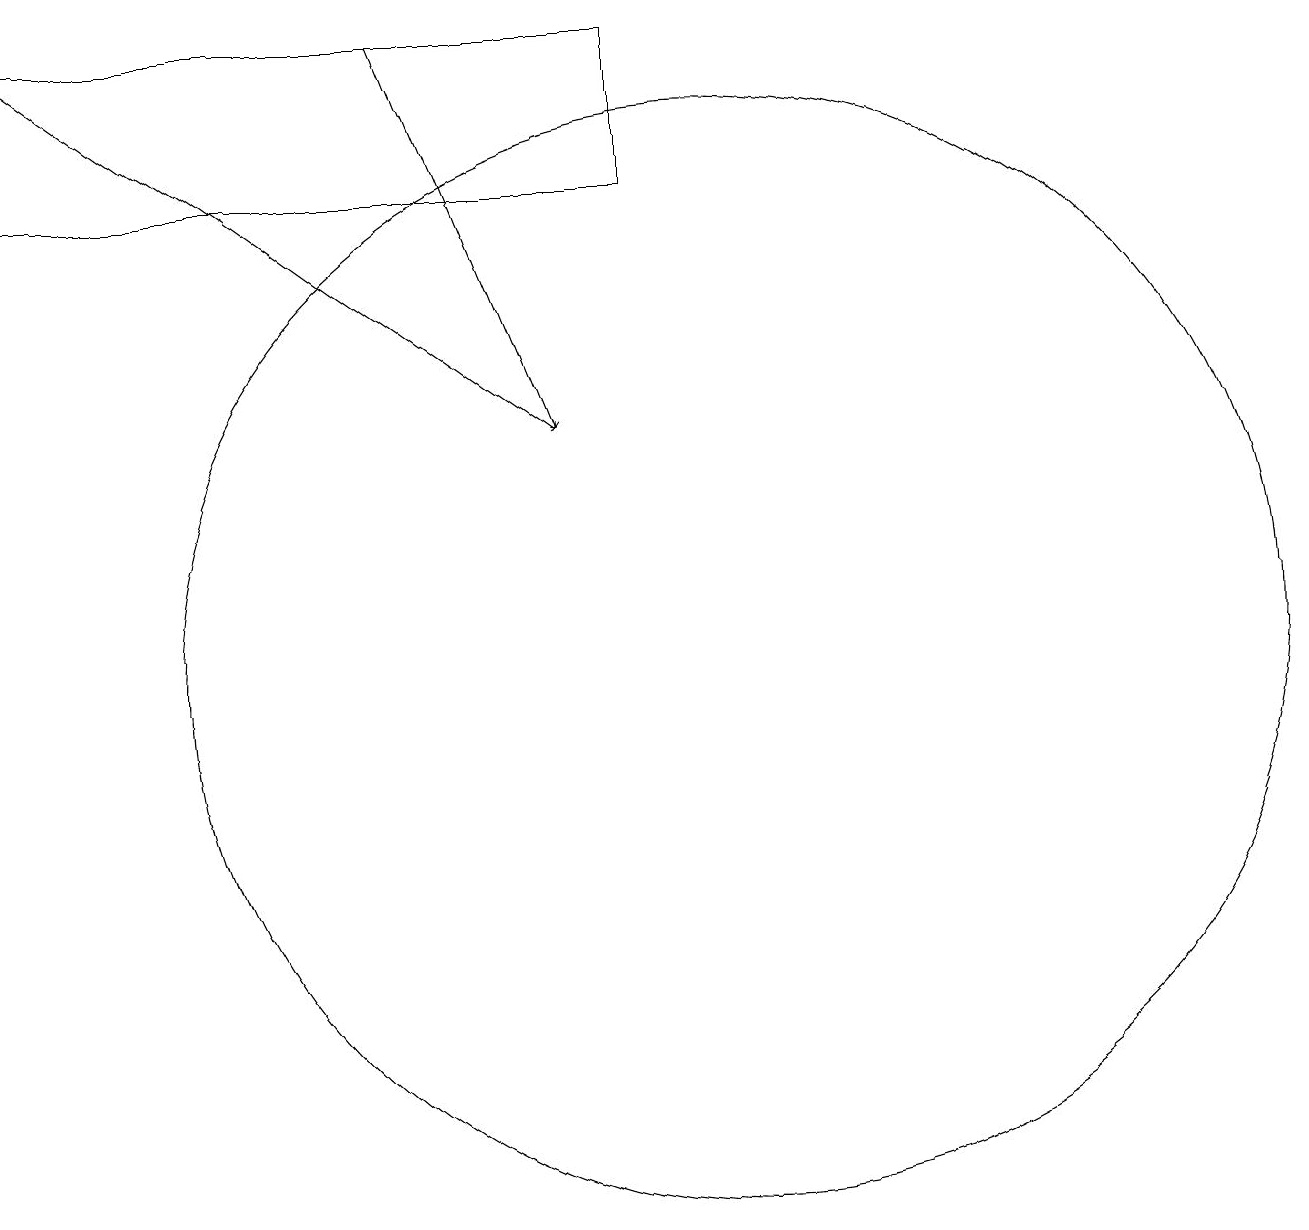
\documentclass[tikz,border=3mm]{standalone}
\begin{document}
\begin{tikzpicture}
\draw (9,17) rectangle (1,19);
\draw[->] (1,19) -- (8,14);
\draw[->] (6,19) -- (8,14);
\draw (10,11) circle (7);
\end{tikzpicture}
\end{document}